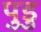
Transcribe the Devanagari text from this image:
पुडु